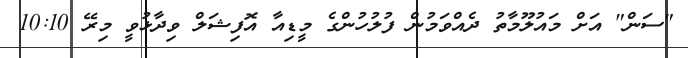
"ސަން" އަށް މައުލޫމާތު ދެއްވަމުން ފުލުހުންގެ މީޑިއާ އޮފިޝަލް ވިދާޅުވީ މިރޭ 10:10